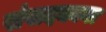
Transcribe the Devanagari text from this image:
संपादकाना